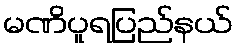
မဏိပူရပြည်နယ်